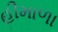
હીમાળા